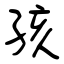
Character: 孩